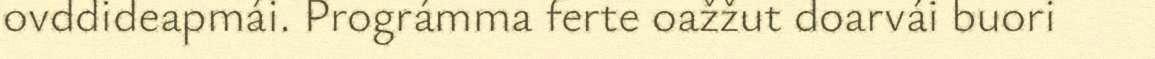
ovddideapmái. Prográmma ferte oažžut doarvái buori